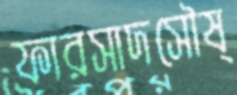
ফারসাদসৌষ্